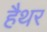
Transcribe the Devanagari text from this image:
हैथर